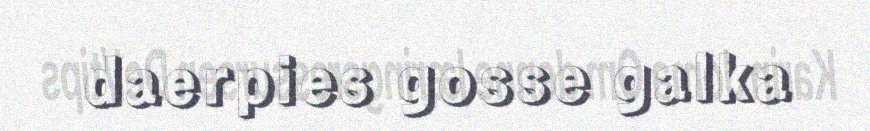
daerpies gosse galka